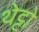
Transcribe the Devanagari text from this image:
थेट्टो